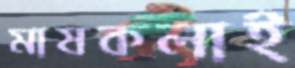
মাষকলাই